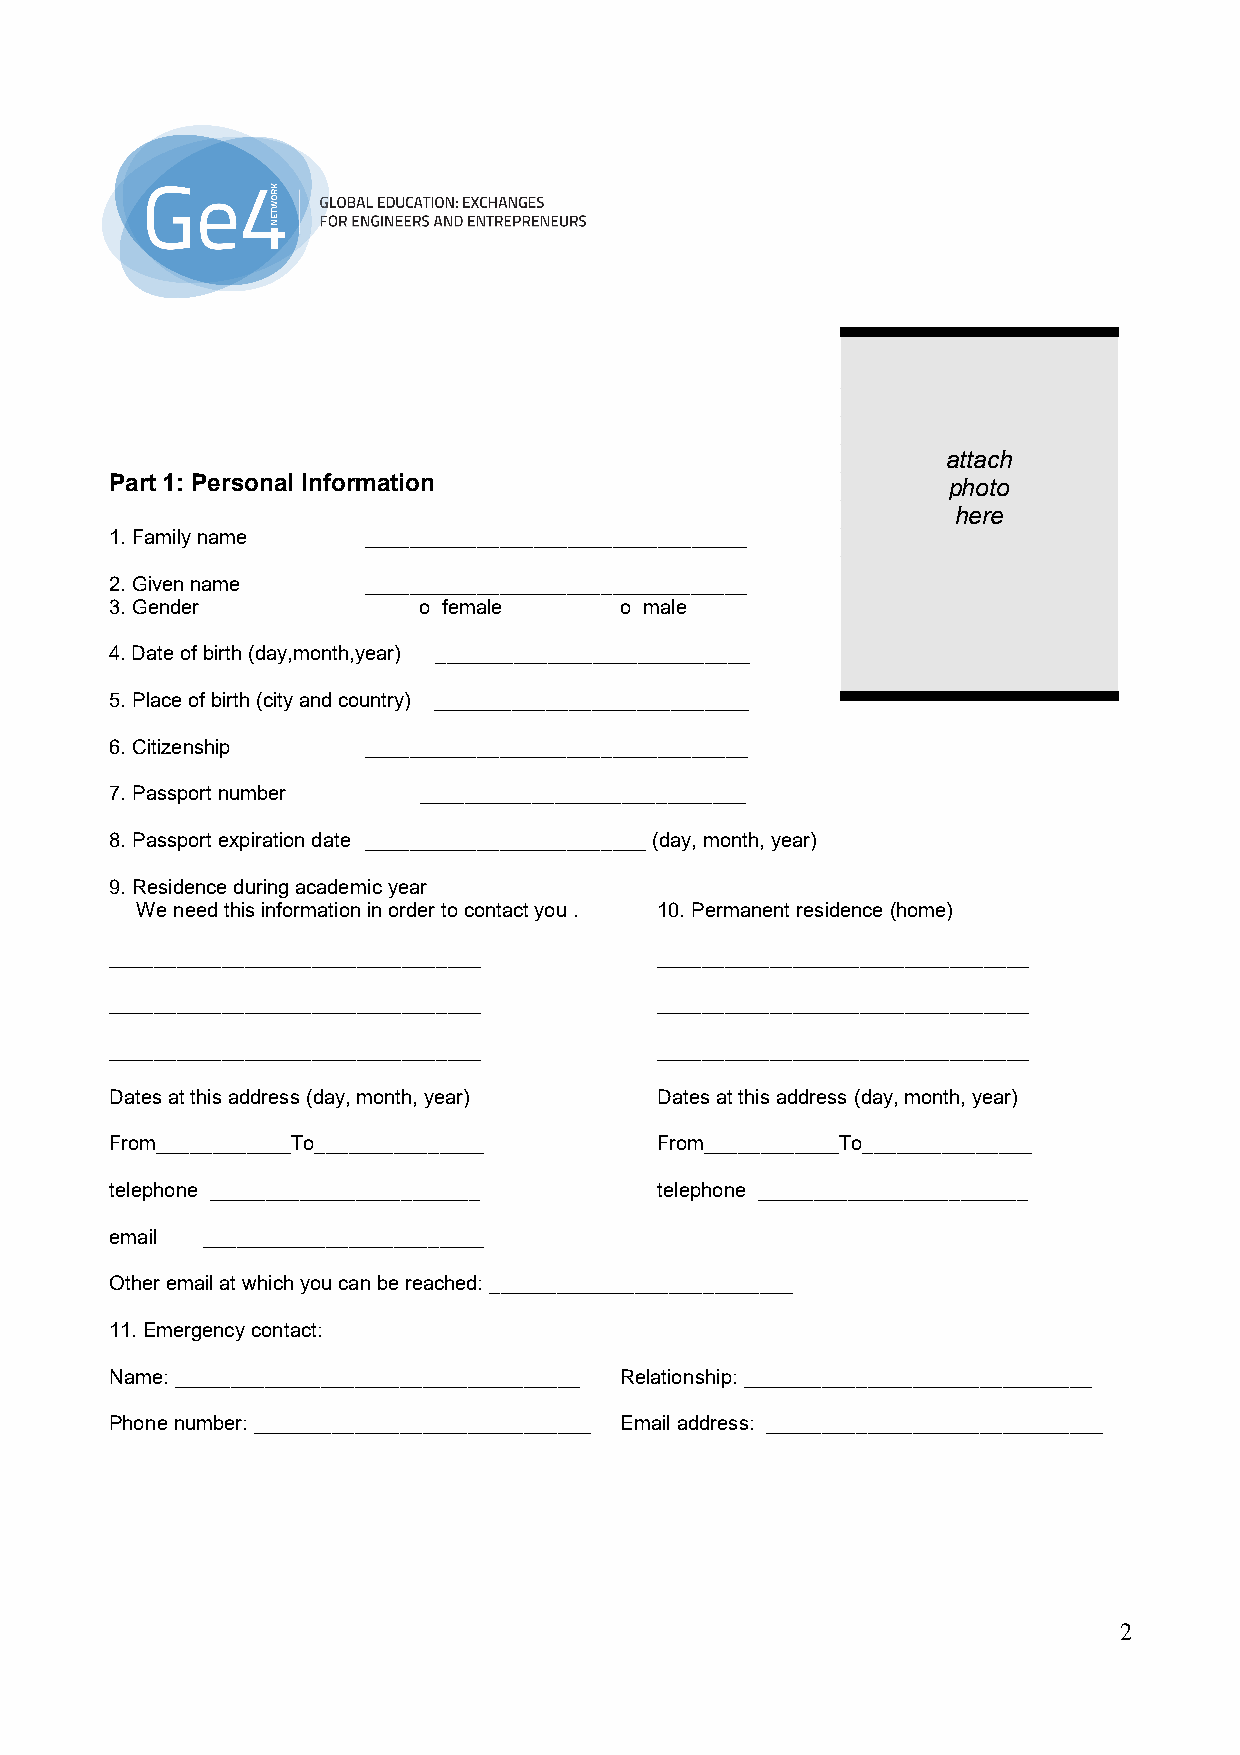
attach
 Part 1: Personal Information                            photo
 here
 1. Family name   __________________________________
 2. Given name    __________________________________
 3. Gender            o female     o male
 4. Date of birth (day,month,year) ____________________________
 5. Place of birth (city and country) ____________________________
 6. Citizenship   __________________________________
 7. Passport number   _____________________________
 8. Passport expiration date _________________________ (day, month, year)
 9. Residence during academic year
 We need this information in order to contact you . 10. Permanent residence (home)
 _________________________________   _________________________________
 _________________________________   _________________________________
 _________________________________   _________________________________
 Dates at this address (day, month, year) Dates at this address (day, month, year)
 From____________To_______________   From____________To_______________
 telephone ________________________  telephone ________________________
 email _________________________
 Other email at which you can be reached: ___________________________
 11. Emergency contact:
 Name: ____________________________________ Relationship: _______________________________
 Phone number: ______________________________ Email address: ______________________________
 2